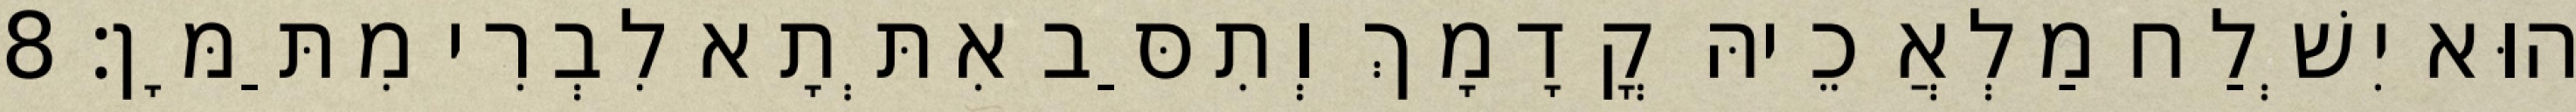
הוּא יִשְׁלַח מַלְאֲכֵיהּ קֳדָמָךְ וְתִסַּב אִתְּתָא לִבְרִי מִתַּמָּן׃ 8